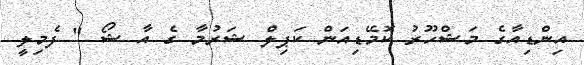
އިންޑިއާގެ މަޝްހޫރު ކޮމޭޑިއަން ކަޕިލް ޝަރުމާ ގެ އާ ޝޯ " ފެމިލީ